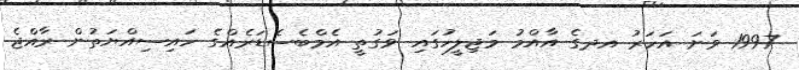
1997 ވަނަ އަހަރު އދގެ އާއްމު މަޖިލީހުގައި ވަގުތީ އެމްބެސެޑަރެއްގެ ހައިސިއްޔަތުން ރާއްޖެ